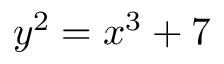
y ^ { 2 } = x ^ { 3 } + 7